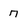
Character: 7